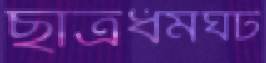
ছাত্রধর্মঘট